Annual vaccination report of Bihar and Orissa - 1911-1928
Year: 1911
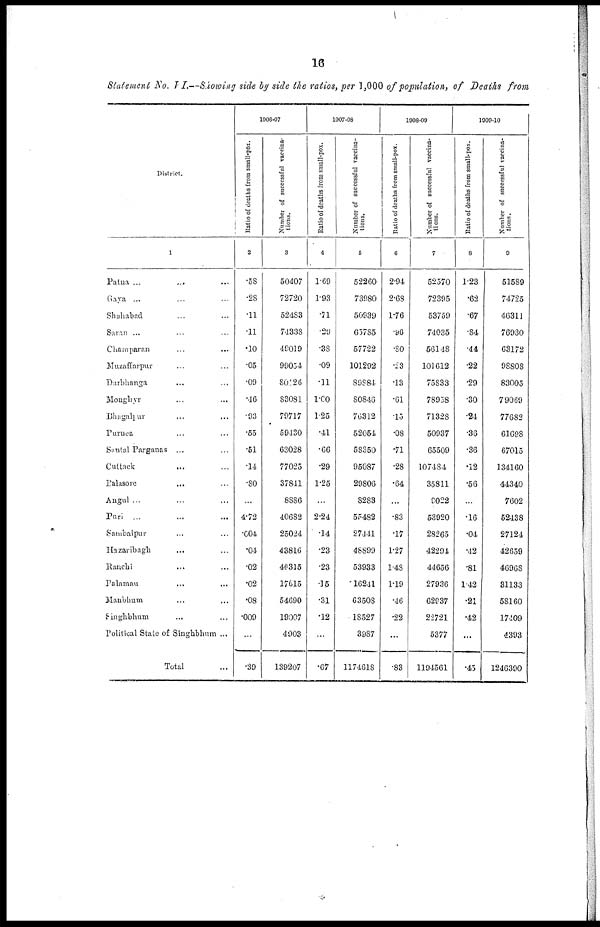
16
Statement No. VI.—Showing side by side the ratios, per 1,000 of population, of Deaths from
District.
1
Patna ... ... ...
Gaya ... ... ...
Shahabad ... ... ...
Saran ... ... ...
Champaran ... ... ...
Muzaffarpur ... ... ...
Darbhanga ... ... ...
Monghyr ... ... ...
Bhagalpur ... ... ...
Purnea ... ... ...
Santal Parganas ... ...
Cuttack ... ... ...
Palasore ... ... ...
Angul ... ... ...
Puri ... ... ...
Sambalpur ... ... ...
Hazaribagh ... ... ...
Ranchi ... ... ...
Palamau ... ... ...
Manbhum
...
...
...
Singhbhum ... ... ...
Political State of Singhbhum ...
Total ...
1906-07
Ratio of deaths from small-pox.
2
.58
.28
.11
.11
.10
.05
.09
.46
.93
.55
.51
.14
.80
...
4.72
.004
.04
.02
.02
.08
.009
...
.39
Number of successful vaccina-
tions.
3
50407
72720
52483
74338
49019
99054
80126
83081
79717
59430
63028
77025
37841
8886
40682
25024
43816
46315
17615
54690
19007
4903
139207
1907-08
Ratio of deaths from small-pox.
4
1.69
1.93
.71
.29
.38
.09
.11
1.00
1.25
.41
.66
.29
1.25
...
2.24
.14
.23
.23
.15
.31
.12
...
.67
Number of successful vaccina-
tions.
5
52260
73980
50939
65785
57722
101292
89884
80846
76312
52054
58350
95087
29806
8283
55482
27441
48899
53933
16241
63508
18527
3987
1174618
1908-09
Ratio of deaths from small-pox.
6
2.94
2.68
1.76
.96
.80
.23
.13
.61
.15
.08
.71
.28
.64
...
.83
.17
1.27
1.48
1.19
.46
.22
...
.83
Number of successful vaccina-
tions.
7
52570
72395
53759
74035
56148
101612
75833
78958
71328
50937
65509
107484
35811
9022
53920
28265
42294
44656
27936
62937
22721
5377
1194561
1909-10
Ratio of deaths from small-pox.
8
1.23
.62
.67
.84
.44
.22
.29
.30
.24
.36
.36
.12
.56
.16
.04
.42
.81
1.42
.21
.42
...
.45
Number of successful vaccina-
tions.
9
51589
74725
46311
76930
63172
98808
83005
79069
77682
61698
67015
134160
44340
7602
52438
27124
42659
46968
31133
58160
17409
4393
1246390